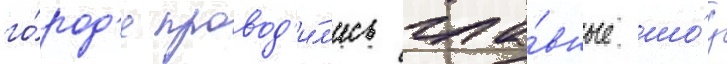
го́род'е провод'и́л'ись гла́вные шо́у